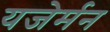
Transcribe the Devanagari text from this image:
यजेर्मन